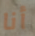
أنا